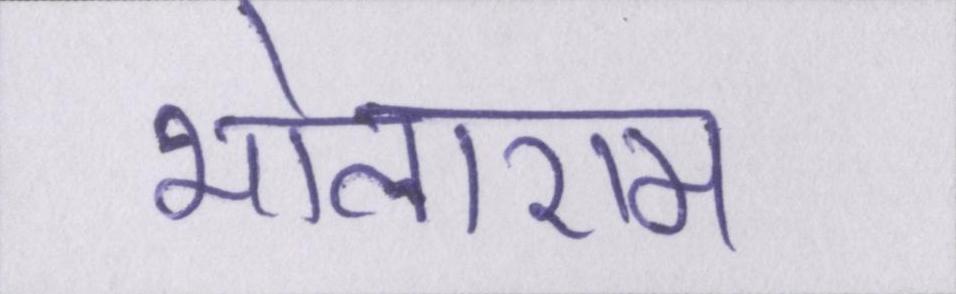
भोलाराम